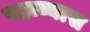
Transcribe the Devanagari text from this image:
पहाव्यास